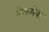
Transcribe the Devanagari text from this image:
मेकमेक